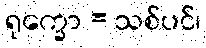
ရုက္ခော = သစ်ပင်၊